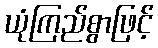
ယုံကြည်စွာဖြင့်